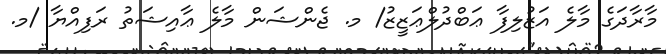
މާރާދަގެ މާލެ އަޒުލިފާ ޢަބްދުލްޢަޒީޒު/ މ. ޖެންޝަން މާލެ ޢާއިޝަތު ރަފިއްޔާ /މ.